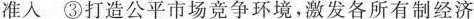
准入 ③打造公平市场竞争环境，激发各所有制经济